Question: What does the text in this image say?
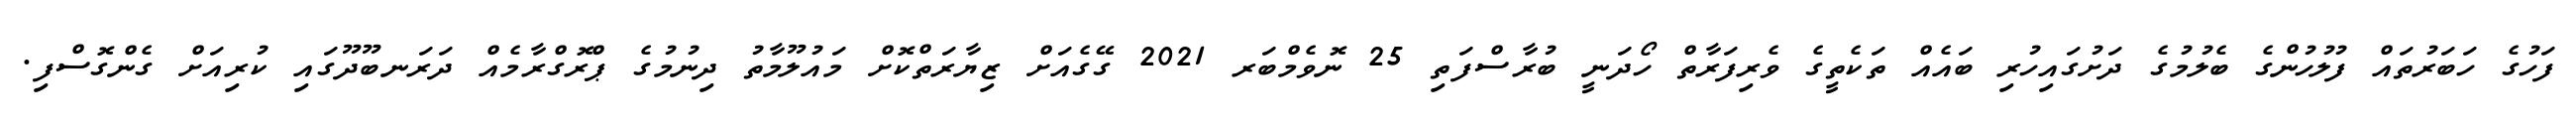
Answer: ފަހުގެ ހަބަރުތައް ފުލުހުންގެ ބެލުމުގެ ދަށުގައިހުރި ބައެއް ތަކެތީގެ ވެރިފަރާތް ހޯދަނީ ބުރާސްފަތި 25 ނޮވެމްބަރ 2021 ގޭގެއަށް ޒިޔާރަތްކޮށް މައުލޫމާތު ދިނުމުގެ ޕްރޮގްރާމެއް ދަރަނބޫދޫގައި ކުރިއަށް ގެންގޮސްފި.